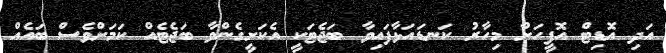
އަދި އޮޑިޓް އޮފީހަށް މިހާރު ކަނޑައަޅާފައިވާ ބަޖެޓަކީ އެކަށީގެންވާ ބަޖެޓެއް ކަމަށްވެސް ބައެއް